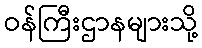
ဝန်ကြီးဌာနများသို့